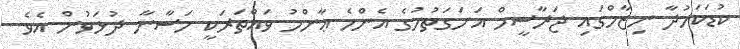
ކުޑަކަމުދާ ނިޒާމްގައި ޖަރާސީމް އަށަގަތުމުގެ އެންމެ ޢާންމު ވައްތަރަކީ މަސާނާ ދުޅަވުން އެވެ.